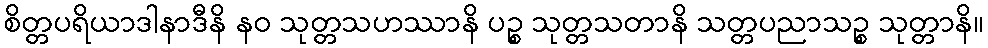
စိတ္တပရိယာဒါနာဒီနိ နဝ သုတ္တသဟဿာနိ ပဉ္စ သုတ္တသတာနိ သတ္တပညာသဉ္စ သုတ္တာနိ။